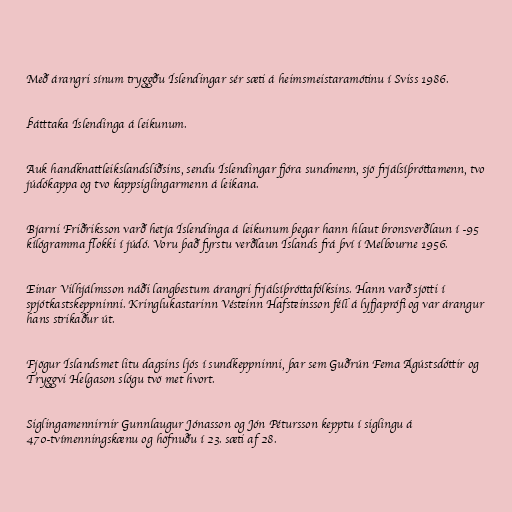
Með árangri sínum tryggðu Íslendingar sér sæti á heimsmeistaramótinu í Sviss 1986.

Þátttaka Íslendinga á leikunum.

Auk handknattleikslandsliðsins, sendu Íslendingar fjóra sundmenn, sjö frjálsíþróttamenn, tvo
júdókappa og tvo kappsiglingarmenn á leikana.

Bjarni Friðriksson varð hetja Íslendinga á leikunum þegar hann hlaut bronsverðlaun í -95
kílógramma flokki í júdó. Voru það fyrstu verðlaun Íslands frá því í Melbourne 1956.

Einar Vilhjálmsson náði langbestum árangri frjálsíþróttafólksins. Hann varð sjötti í
spjótkastskeppninni. Kringlukastarinn Vésteinn Hafsteinsson féll á lyfjaprófi og var árangur
hans strikaður út.

Fjögur Íslandsmet litu dagsins ljós í sundkeppninni, þar sem Guðrún Fema Ágústsdóttir og
Tryggvi Helgason slógu tvö met hvort.

Siglingamennirnir Gunnlaugur Jónasson og Jón Pétursson kepptu í siglingu á
470-tvímenningskænu og höfnuðu í 23. sæti af 28.